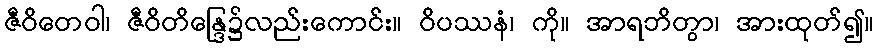
ဇီဝိတေဝါ၊ ဇီဝိတိန္ဒြေ၌လည်းကောင်း။ ဝိပဿနံ၊ ကို။ အာရဘိတွာ၊ အားထုတ်၍။